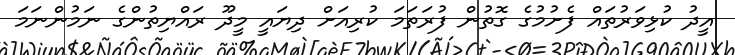
އީދު ކުޅިވަރުތައް ފެށުމުގެ ގޮތުން ފުރަތަމަ ކުރިއަށް ދިޔައީ މީދޫ ރައްޔިތުންގެ ނަމުންނަމަ